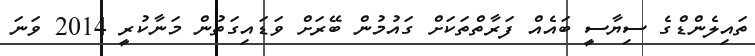
ތައިލެންޑްގެ ސިޔާސީ ބައެއް ފަރާތްތަކަށް ގައުމުން ބޭރަށް ވަޑައިގަތުން މަނާކުރީ 2014 ވަނަ